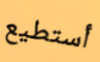
أستطيع